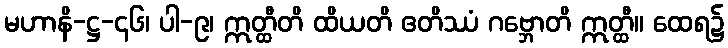
မဟာနိ-ဋ္ဌ-၄၆၊ ပါ-၉၊ ဣတ္ထီတိ ထိယတိ ဧတိဿံ ဂဗ္ဘောတိ ဣတ္ထီ။ ထေရ၌